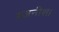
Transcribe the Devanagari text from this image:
रजनीश।